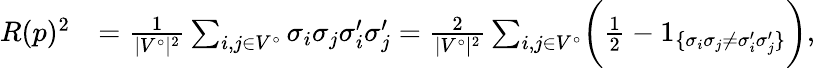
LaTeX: \begin{array}{rl}{R(p)^{2}}&{=\frac{1}{|V^{\circ}|^{2}}\sum_{i,j\in V^{\circ}}\sigma_{i}\sigma_{j}\sigma_{i}^{\prime}\sigma_{j}^{\prime}=\frac{2}{|V^{\circ}|^{2}}\sum_{i,j\in V^{\circ}}\biggl(\frac{1}{2}-1_{\{ \sigma_{i}\sigma_{j}\ne\sigma_{i}^{\prime}\sigma_{j}^{\prime}\} }\biggr),}\end{array}